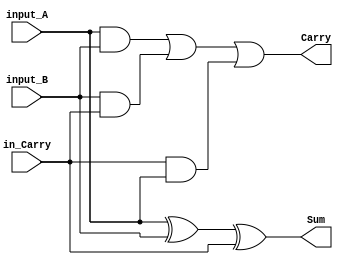
`timescale 1ns / 1ps

module full_adder(
    input  input_A, 
    input  input_B, 
    input  in_Carry, 
    output Sum, 
    output Carry
);



    assign Sum = input_A ^ input_B ^ in_Carry;
    assign Carry = (input_A & input_B) | (input_B & in_Carry) | (in_Carry & input_A);


endmodule